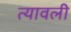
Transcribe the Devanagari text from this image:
त्यावली